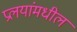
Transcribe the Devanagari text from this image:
प्रलयांमधील